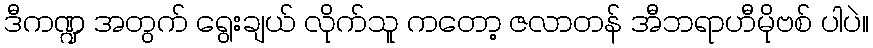
ဒီကဏ္ဍ အတွက် ရွေးချယ် လိုက်သူ ကတော့ ဇလာတန် အီဘရာဟီမိုဗစ် ပါပဲ။